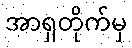
အာရှတိုက်မှ